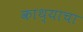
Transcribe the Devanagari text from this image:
काथ्याचा